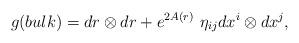
LaTeX: \begin{align*}g(bulk) = dr\otimes dr + e^{2A(r)}\,\,\eta_{ij}dx^i\otimes dx^j,\end{align*}